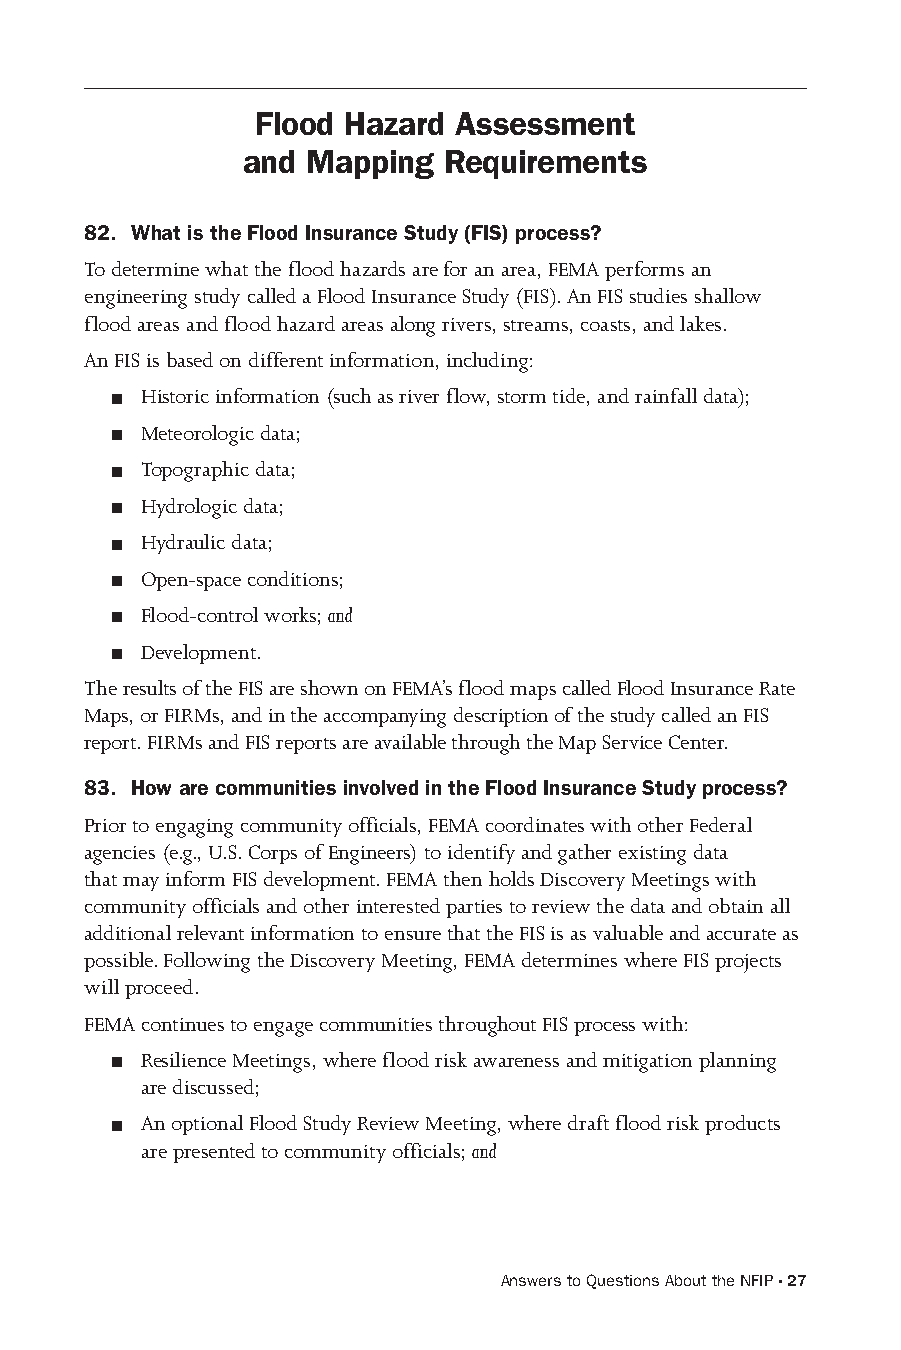
Flood Hazard Assessment
 and Mapping  Requirements
 82. What is the Flood Insurance Study (FIS) process?
 To determine what the flood hazards are for an area, FEMA performs an
 engineering study called a Flood Insurance Study (FIS). An FIS studies shallow
 flood areas and flood hazard areas along rivers, streams, coasts, and lakes.
 An FIS is based on different information, including:
 Historic information (such as river flow, storm tide, and rainfall data);
 Meteorologic data;
 Topographic data;
 Hydrologic data;
 Hydraulic data;
 Open-space conditions;
 Flood-control works; and
 Development.
 The results of the FIS are shown on FEMA’s flood maps called Flood Insurance Rate
 Maps, or FIRMs, and in the accompanying description of the study called an FIS
 report. FIRMs and FIS reports are available through the Map Service Center.
 83. How are communities involved in the Flood Insurance Study process?
 Prior to engaging community officials, FEMA coordinates with other Federal
 agencies (e.g., U.S. Corps of Engineers) to identify and gather existing data
 that may inform FIS development. FEMA then holds Discovery Meetings with
 community officials and other interested parties to review the data and obtain all
 additional relevant information to ensure that the FIS is as valuable and accurate as
 possible. Following the Discovery Meeting, FEMA determines where FIS projects
 will proceed.
 FEMA continues to engage communities throughout FIS process with:
 Resilience Meetings, where flood risk awareness and mitigation planning
 are discussed;
 An optional Flood Study Review Meeting, where draft flood risk products
 are presented to community officials; and
 Answers to Questions About the NFIP · 27